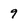
Character: 9